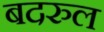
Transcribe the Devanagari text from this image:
बदरुल